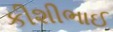
કીશીભાઈ